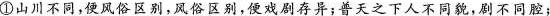
①山川不同,便风俗区别,风俗区别,便戏剧存异;普天之下人不同貌,剧不同腔；